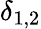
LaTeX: \delta_{1,2}